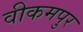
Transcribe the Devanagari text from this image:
वीकमपुर